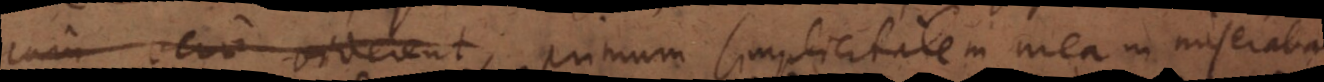
cum vero viderent, primum simplicitatem meam miserabantur